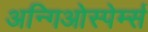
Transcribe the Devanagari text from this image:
अन्गिओस्पेर्म्स